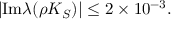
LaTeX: | \mathrm { I m } \lambda ( \rho K _ { S } ) | \leq 2 \times 1 0 ^ { - 3 } .